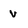
Character: v